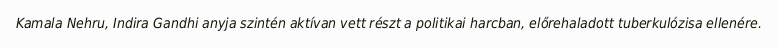
Kamala Nehru, Indira Gandhi anyja szintén aktívan vett részt a politikai harcban, előrehaladott tuberkulózisa ellenére.